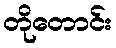
တိုတောင်း